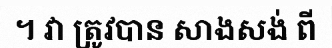
។ វា ត្រូវបាន សាងសង់ ពី